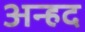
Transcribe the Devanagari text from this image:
अन्‍हद